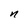
Character: n